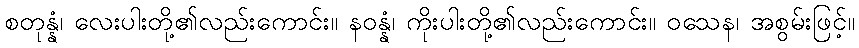
စတုန္နံ၊ လေးပါးတို့၏လည်းကောင်း။ နဝန္နံ၊ ကိုးပါးတို့၏လည်းကောင်း။ ဝသေန၊ အစွမ်းဖြင့်။